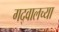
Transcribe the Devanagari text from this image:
गद्वालच्या